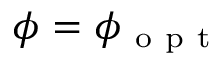
\phi = \phi _ { \mathrm { ~ o ~ p ~ t ~ } }